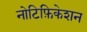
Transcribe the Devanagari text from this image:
नोटिफ़िकेशन